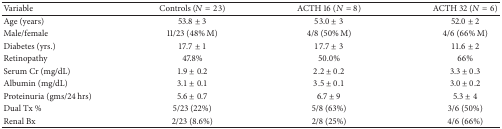
| Variable | Controls (N = 23) | ACTH 16 (N = 8) | ACTH 32 (N = 6) |
 | --- | --- | --- | --- |
 | Age (years) | 53.8 ± 3 | 53.0 ± 3 | 52.0 ± 2 |
 | Male/female | 11/23 (48% M) | 4/8 (50% M) | 4/6 (66% M) |
 | Diabetes (yrs.) | 17.7 ± 1 | 17.7 ± 3 | 11.6 ± 2 |
 | Retinopathy | 47.8% | 50.0% | 66% |
 | Serum Cr (mg/dL) | 1.9 ± 0.2 | 2.2 ± 0.2 | 3.3 ± 0.3 |
 | Albumin (mg/dL) | 3.1 ± 0.1 | 3.5 ± 0.1 | 3.0 ± 0.2 |
 | Proteinuria (gms/24 hrs) | 5.6 ± 0.7 | 6.7 ± 9 | 5.3 ± 4 |
 | Dual Tx % | 5/23 (22%) | 5/8 (63%) | 3/6 (50%) |
 | Renal Bx | 2/23 (8.6%) | 2/8 (25%) | 4/6 (66%) |